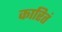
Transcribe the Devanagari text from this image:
कारितं